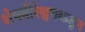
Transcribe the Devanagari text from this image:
शेषवीरेश्वराकडून